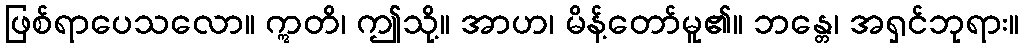
ဖြစ်ရာပေသလော။ ဣတိ၊ ဤသို့။ အာဟ၊ မိန့်တော်မူ၏။ ဘန္တေ၊ အရှင်ဘုရား။